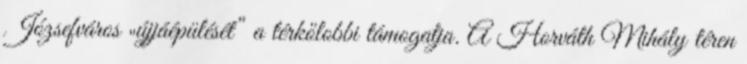
Józsefváros „újjáépülését” a térkőlobbi támogatja. A Horváth Mihály téren